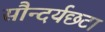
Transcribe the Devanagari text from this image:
सौन्दर्यछटा